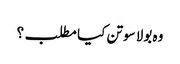
وہ بولا سوتن کیا مطلب؟